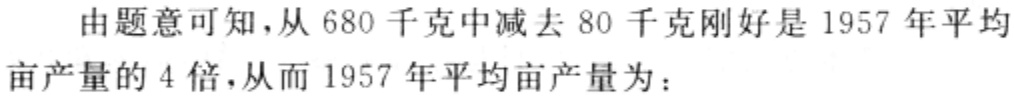
由题意可知，从 680 千克中减去 80 千克刚好是 1957 年平均亩产量的 4 倍，从而 1957 年平均亩产量为：